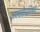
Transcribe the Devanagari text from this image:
अल्लोपनिषद